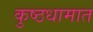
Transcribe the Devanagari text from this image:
कुष्ठधामात